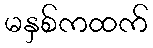
မနှစ်ကထက်